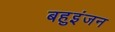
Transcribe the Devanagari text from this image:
बहुइंजन